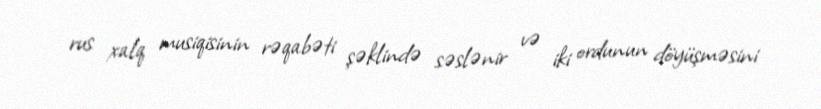
rus xalq musiqisinin rəqabəti şəklində səslənir və iki ordunun döyüşməsini